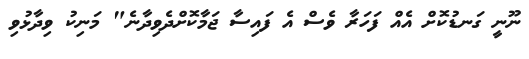
ނޫނީ ގަނޑުކޮށް އެއް ފަހަރާ ވެސް އެ ފައިސާ ޖަމާކޮށްދެވިދާނެ" މަނިކު ވިދާޅުވި